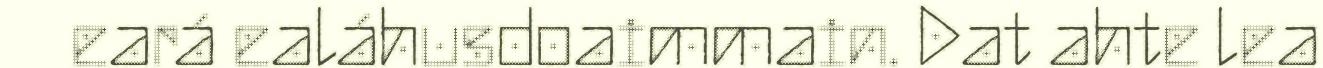
eará ealáhusdoaimmain. Dat ahte lea